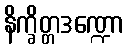
နိက္ခိတ္တဒဏ္ဍော